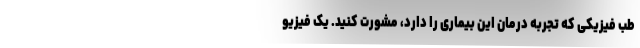
طب فیزیکی که تجربه درمان این بیماری را دارد، مشورت کنید. یک فیزیو